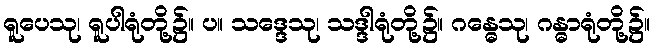
ရူပေသု၊ ရူပါရုံတို့၌။ ပ။ သဒ္ဒေသု၊ သဒ္ဒါရုံတို့၌။ ဂန္ဓေသု၊ ဂန္ဓာရုံတို့၌။